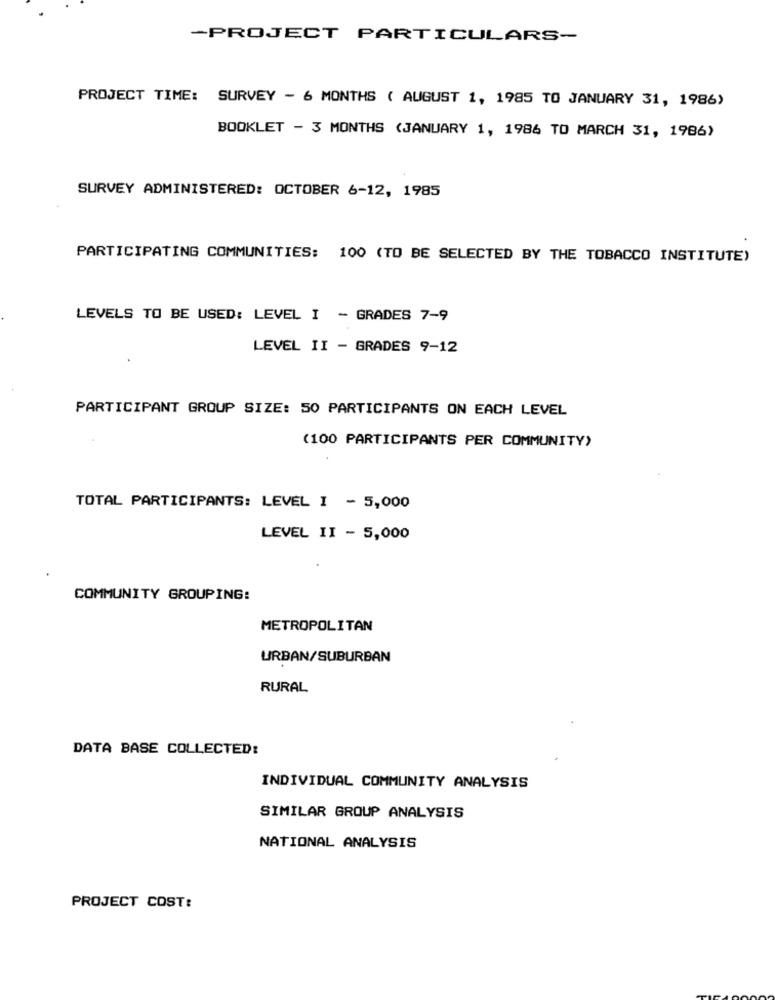
-PROJECT PARTICULARS-
PROJECT TIME: SURVEY - 6 MONTHS ( AUGUST 1, 1985 TO JANUARY 31, 1986)
BOOKLET - 3 MONTHS (JANUARY 1, 1986 TO MARCH 31, 1986)
SURVEY ADMINISTERED: OCTOBER 6-12, 1985
PARTICIPATING COMMUNITIES: 100 (TO BE SELECTED BY THE TOBACCO INSTITUTE)
LEVELS TO BE USED: LEVEL I - GRADES 7-9
LEVEL II - GRADES 9-12
PARTICIPANT GROUP SIZE: 50 PARTICIPANTS ON EACH LEVEL
(100 PARTICIPANTS PER COMMUNITY)
TOTAL PARTICIPANTS: LEVEL 1 - 5,000
LEVEL II - 5,000
COMMUNITY GROUPING:
METROPOLITAN
URBAN/SUBURBAN
RURAL
DATA BASE COLLECTED:
INDIVIDUAL COMMUNITY ANALYSIS
SIMILAR GROUP ANALYSIS
NATIONAL ANALYSIS
PROJECT COST: